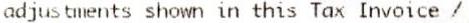
ADJUSTMENTS SHOWN IN THIS TAX INVOICE /